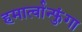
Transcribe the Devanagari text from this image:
हमार्त्वान्फुंगा